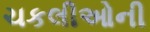
ચકલીઓની